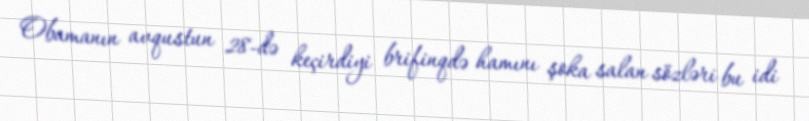
Obamanın avqustun 28-də keçirdiyi brifinqdə hamını şoka salan sözləri bu idi